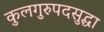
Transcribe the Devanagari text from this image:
कुलगुरुपदसुद्धा